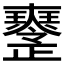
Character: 𤫒